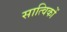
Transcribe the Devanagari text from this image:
सात्विकों